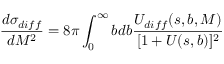
\frac { d \sigma _ { d i f f } } { d M ^ { 2 } } = 8 \pi \int _ { 0 } ^ { \infty } b d b \frac { U _ { d i f f } ( s , b , M ) } { [ 1 + U ( s , b ) ] ^ { 2 } }